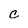
Character: C